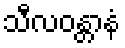
သီလဝန္တာနံ